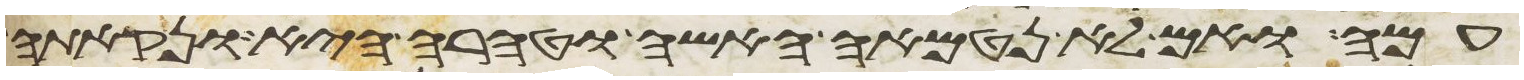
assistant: עמה ואם לא נטמאה האשה וטהרה היא ונקתה